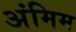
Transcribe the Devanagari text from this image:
अंमिम